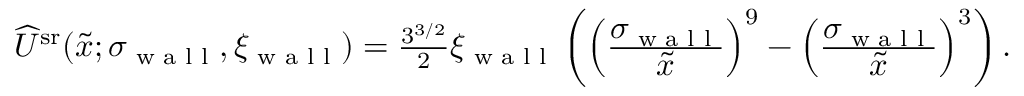
\begin{array} { r } { \widehat { U } ^ { \mathrm { s r } } ( \tilde { x } ; \sigma _ { \textrm { w a l l } } , \xi _ { \textrm { w a l l } } ) = \frac { 3 ^ { 3 / 2 } } { 2 } \xi _ { \textrm { w a l l } } \left( \left( \frac { \displaystyle \sigma _ { \textrm { w a l l } } } { \displaystyle \tilde { x } } \right) ^ { 9 } - \left( \frac { \displaystyle \sigma _ { \textrm { w a l l } } } { \displaystyle \tilde { x } } \right) ^ { 3 } \right) . } \end{array}